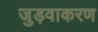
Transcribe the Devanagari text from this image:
जुड़वाकरण